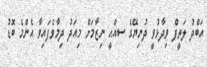
އަބްދު ލަތީފް ވިދާޅުވީ ދުނިޔޭގެ ސއްޙީ ނިޒާމަށް މިއަދު ދިމާވެފައިވާ އެންމެ ބޮޑު